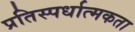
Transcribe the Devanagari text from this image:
प्रतिस्‍पर्धात्‍मकता